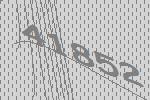
41852